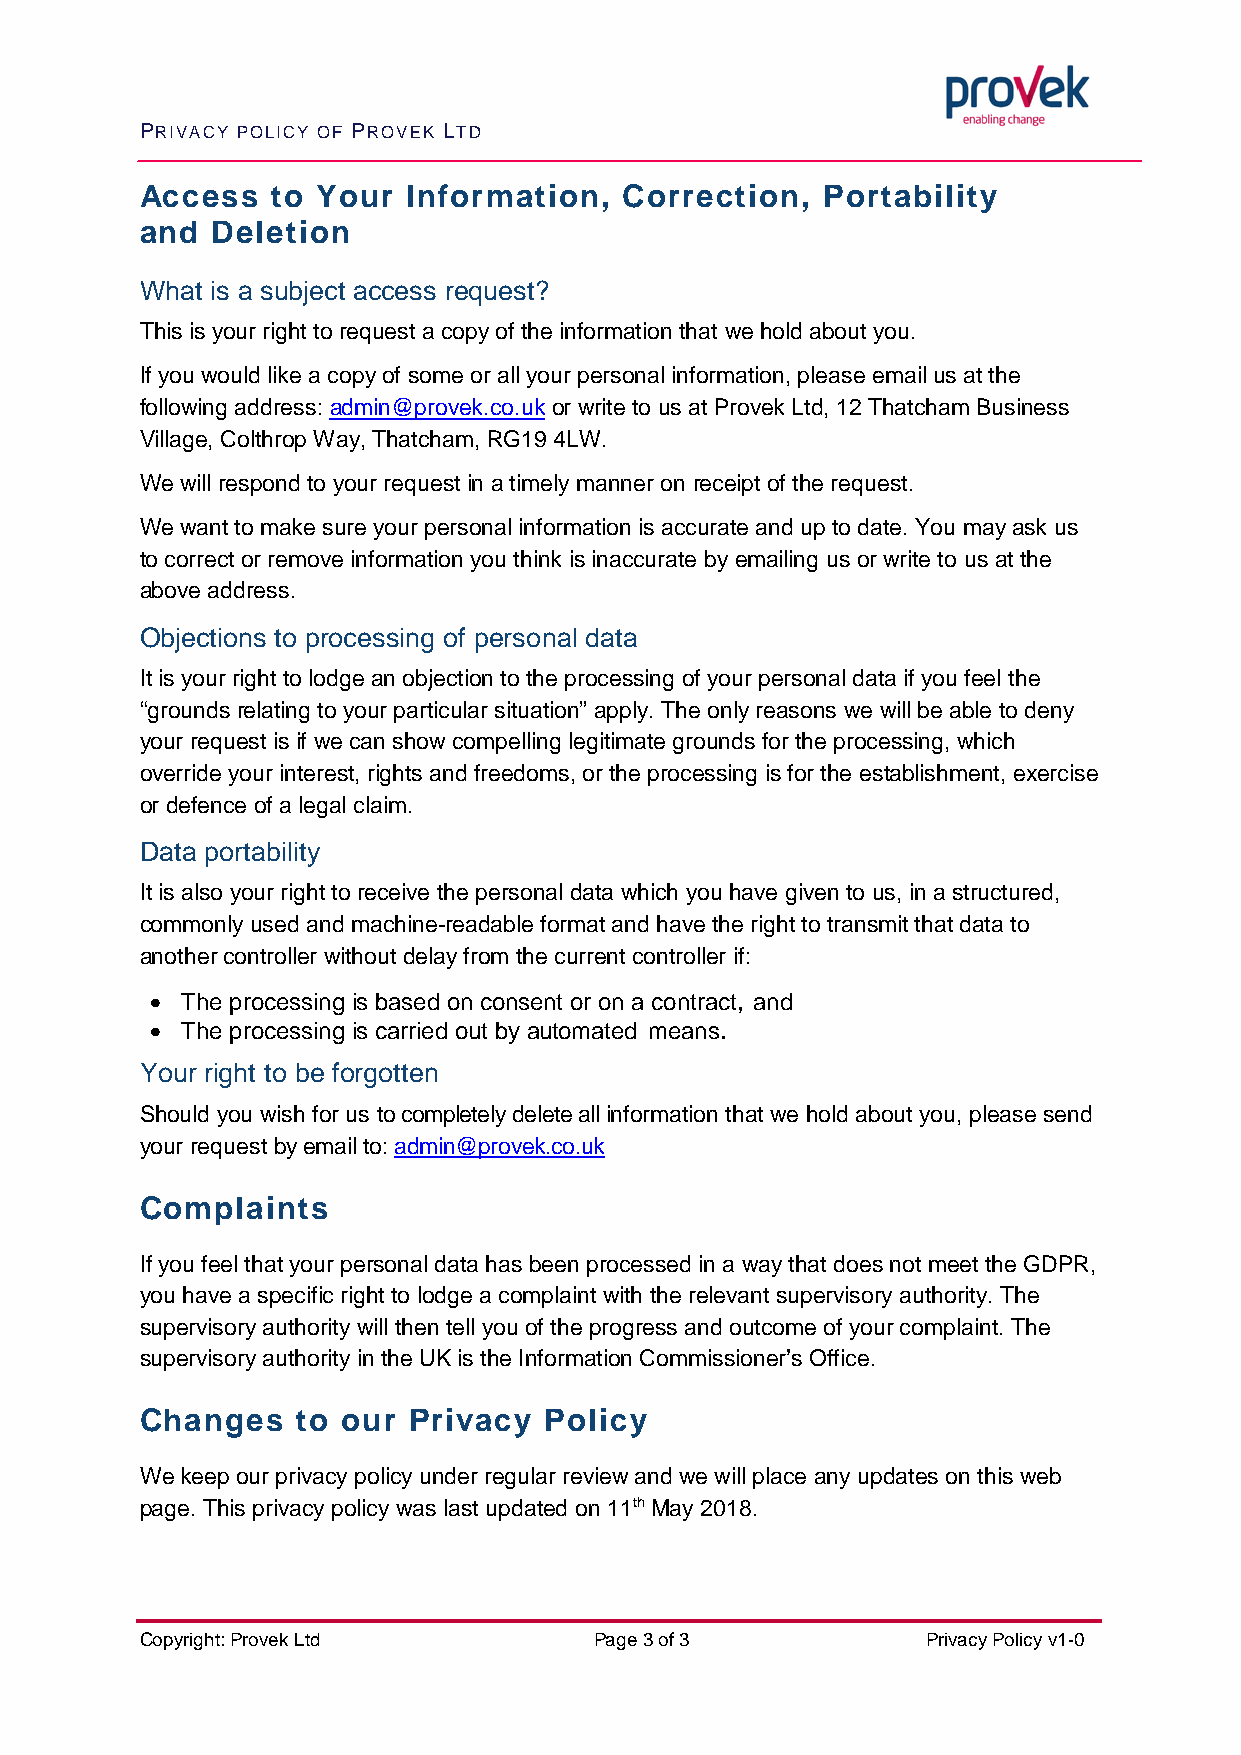
PRIVACY POLICY OF PROVEK LTD
 Access   to Your  Information,  Correction,   Portability
 and  Deletion
 What is a subject access request?
 This is your right to request a copy of the information that we hold about you.
 If you would like a copy of some or all your personal information, please email us at the
 following address: admin@provek.co.uk or write to us at Provek Ltd, 12 Thatcham Business
 Village, Colthrop Way, Thatcham, RG19 4LW.
 We will respond to your request in a timely manner on receipt of the request.
 We want to make sure your personal information is accurate and up to date. You may ask us
 to correct or remove information you think is inaccurate by emailing us or write to us at the
 above address.
 Objections to processing of personal data
 It is your right to lodge an objection to the processing of your personal data if you feel the
 “grounds relating to your particular situation” apply. The only reasons we will be able to deny
 your request is if we can show compelling legitimate grounds for the processing, which
 override your interest, rights and freedoms, or the processing is for the establishment, exercise
 or defence of a legal claim.
 Data portability
 It is also your right to receive the personal data which you have given to us, in a structured,
 commonly used and machine-readable format and have the right to transmit that data to
 another controller without delay from the current controller if:
 • The processing is based on consent or on a contract, and
 • The processing is carried out by automated means.
 Your right to be forgotten
 Should you wish for us to completely delete all information that we hold about you, please send
 your request by email to: admin@provek.co.uk
 Complaints
 If you feel that your personal data has been processed in a way that does not meet the GDPR,
 you have a specific right to lodge a complaint with the relevant supervisory authority. The
 supervisory authority will then tell you of the progress and outcome of your complaint. The
 supervisory authority in the UK is the Information Commissioner’s Office.
 Changes    to our Privacy  Policy
 We keep our privacy policy under regular review and we will place any updates on this web
 page. This privacy policy was last updated on 11th May 2018.
 Copyright: Provek Ltd         Page 3 of 3           Privacy Policy v1-0